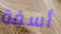
أسفة